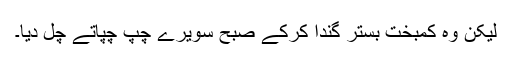
لیکن وہ کمبخت بستر گندا کرکے صبح سویرے چپ چپاتے چل دیا۔